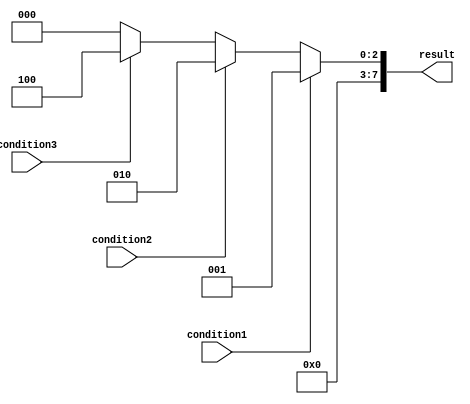
module IfElseLadder (
    input wire condition1,
    input wire condition2,
    input wire condition3,
    output reg [7:0] result
);

always @*
begin
    if (condition1)
        result = 8'b00000001;
    else if (condition2)
        result = 8'b00000010;
    else if (condition3)
        result = 8'b00000100;
    else
        result = 8'b00000000;
end

endmodule